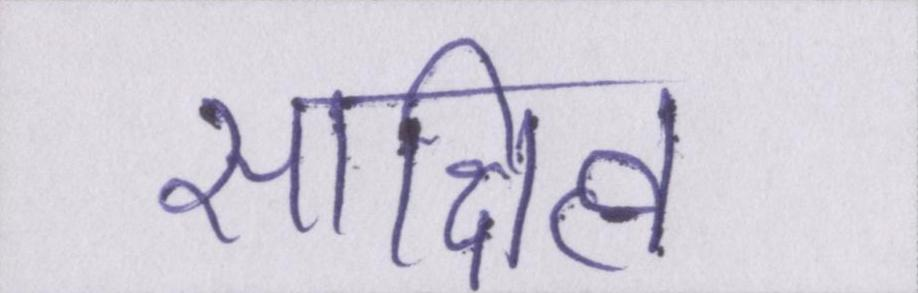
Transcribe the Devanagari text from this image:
साक्षित्व।